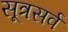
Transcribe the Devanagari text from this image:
सूत्रसर्व